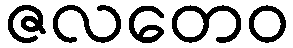
ဇလတေဝ